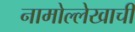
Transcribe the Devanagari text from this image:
नामोल्लेखाची